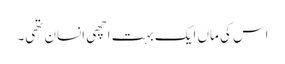
اس کی ماں ایک بہت اچھی انسان تھی۔